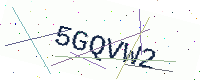
Text: 5GQVW2